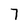
Character: 7